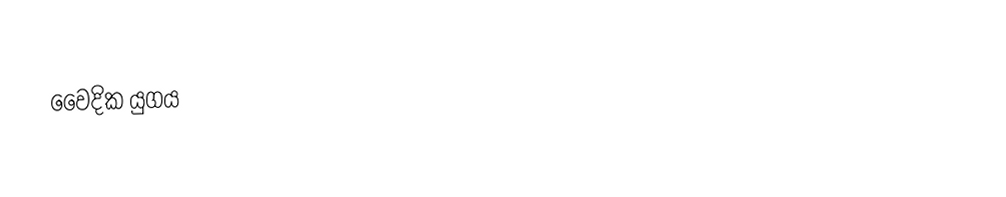
වෛදික යුගය